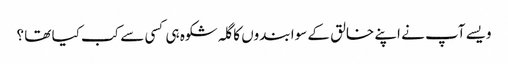
ویسے آپ نے اپنے خالق کے سوا بندوں کا گلہ شکوہ ہی کسی سے کب کیا تھا ؟